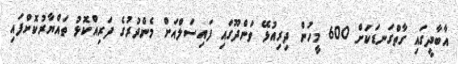
އާބާދީގައި ގާތްގަނޑަކަށް 600 މީހުން ދިރިއުޅޭ ވަންދޫގައި ފައިސަލްއަށް މެންދުރުގެ ފަރިއްކޮޅު ތައްޔާރުކޮށްފައި